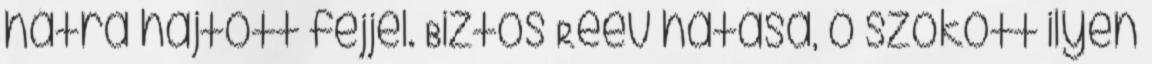
hátra hajtott fejjel. Biztos Reev hatása, ő szokott ilyen